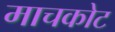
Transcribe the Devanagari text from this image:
माचकोट